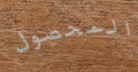
المحصول